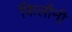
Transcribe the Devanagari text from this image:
फिलौनी